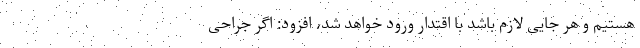
هستیم و هر جایی لازم باشد با اقتدار ورود خواهد شد، افزود: اگر جراحی